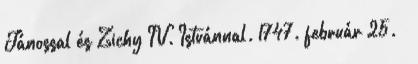
Jánossal és Zichy IV. Istvánnal. 1747. február 25. –